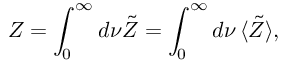
Z = \int _ { 0 } ^ { \infty } d \nu \tilde { Z } = \int _ { 0 } ^ { \infty } d \nu \, \langle \tilde { Z } \rangle ,